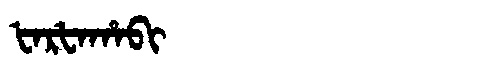
Manchu: ᡶᠠᡵᡶᠠᡥᠠᠪᡳ
Romanization: FARFAHABI